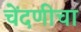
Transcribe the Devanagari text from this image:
चेंदणीचा